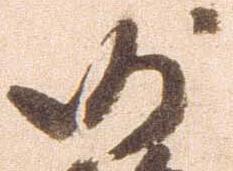
沙